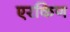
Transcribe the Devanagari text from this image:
एरकिण